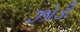
ઝોડી